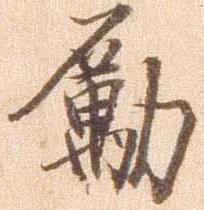
励